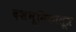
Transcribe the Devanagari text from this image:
दशभूमिकासूत्र